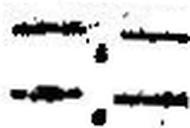
—.—